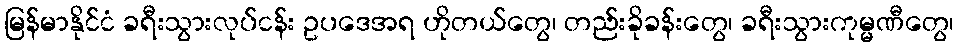
မြန်မာနိုင်ငံ ခရီးသွားလုပ်ငန်း ဥပဒေအရ ဟိုတယ်တွေ၊ တည်းခိုခန်းတွေ၊ ခရီးသွားကုမ္မဏီတွေ၊